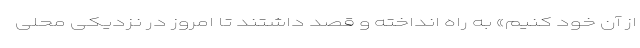
از آن خود کنیم» به راه انداخته و قصد داشتند تا امروز در نزدیکی محلی